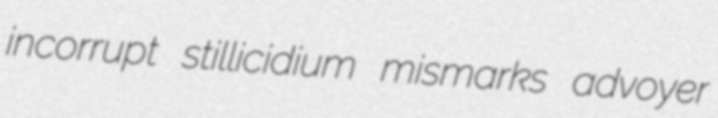
incorrupt stillicidium mismarks advoyer